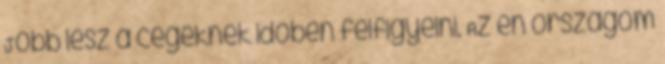
Jobb lesz a cégeknek időben felfigyelni. Az én országom